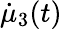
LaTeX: \dot{\mu}_{3}(t)